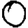
Digit: 0